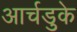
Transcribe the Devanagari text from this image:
आर्चडुके